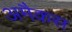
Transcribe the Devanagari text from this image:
अमैकस